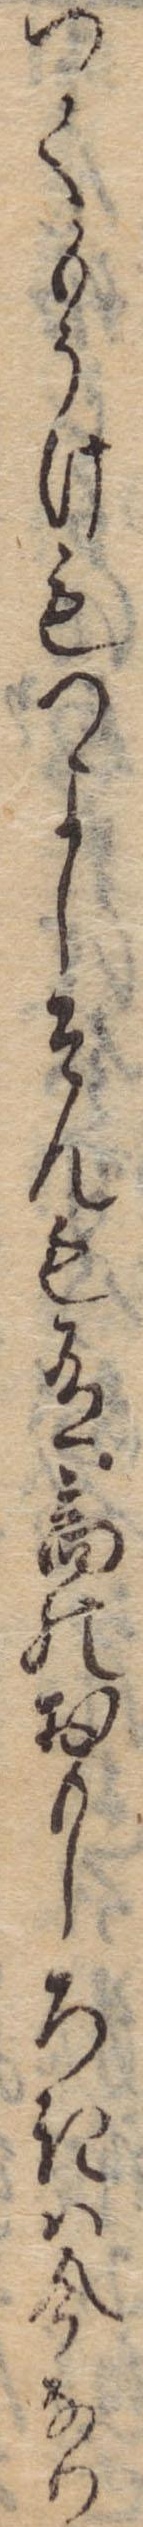
つてもうけもつよしそんも有商のおもしろきは今なり